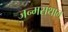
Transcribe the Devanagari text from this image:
जन्मसथान